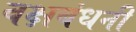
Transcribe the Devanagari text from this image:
वक्षबंधनी